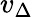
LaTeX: v_{\Delta}